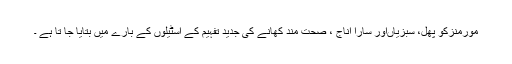
مورمنزکو پھل، سبزیاںاور سارا اناج ، صحت مند کھانے کی جدید تفہیم کے اسٹیلوں کے بارے میں بتایا جا تا ہے ۔